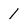
Character: 1